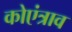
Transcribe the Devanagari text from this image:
कोएंत्राव